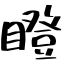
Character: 瞪